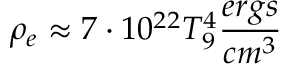
\rho _ { e } \approx 7 \cdot 1 0 ^ { 2 2 } T _ { 9 } ^ { 4 } \frac { e r g s } { c m ^ { 3 } }